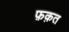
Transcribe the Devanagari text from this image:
फ़क़त